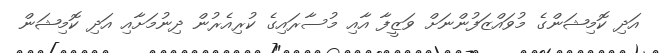
އަދި ކޮމިޝަންގެ މުވައްޒަފުންނަށް ވަޒީފާ އާއި މުސާރައިގެ ކުރިއެރުން ދިނުމަށާއި އަދި ކޮމިޝަން